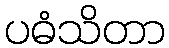
ပဓံသိတာ